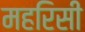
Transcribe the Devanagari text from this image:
महरिसी